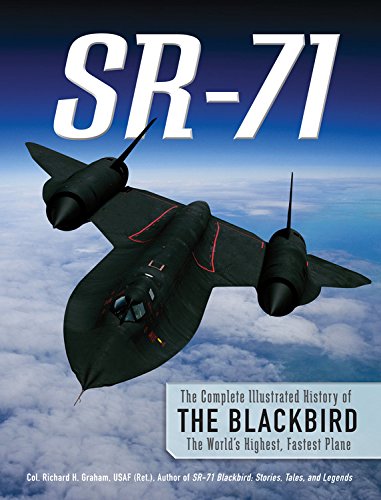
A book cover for SR-71: The Complete Illustrated History of the Blackbird, The World's Highest, Fastest Plane; Richard H. Graham; Engineering & Transportation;